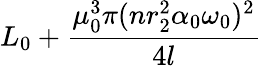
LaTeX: L_{0}+\frac{\mu_{0}^{3}\pi(nr_{2}^{2}\alpha_{0}\omega_{0})^{2}}{4l}